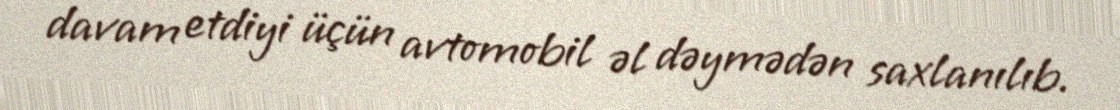
davam etdiyi üçün avtomobil əl dəymədən saxlanılıb.